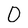
Character: 0